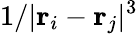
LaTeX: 1/\vert\mathbf{r}_{i}-\mathbf{r}_{j}\vert^{3}